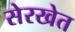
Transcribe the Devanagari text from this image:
सेरखेत